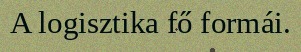
A logisztika fő formái.